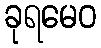
ခုရမေဝ